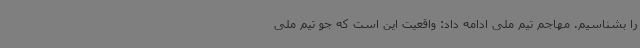
را بشناسیم. مهاجم تیم ملی ادامه داد: واقعیت این است که جو تیم ملی